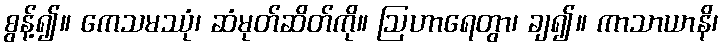
စွန့်၍။ ကေသမဿုံ၊ ဆံမုတ်ဆိတ်ကို။ ဩဟာရေတွာ၊ ချ၍။ ကာသာယာနိ၊